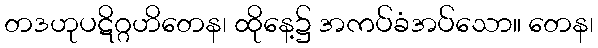
တဒဟုပဋိဂ္ဂဟိတေန၊ ထိုနေ့၌ အကပ်ခံအပ်သော။ တေန၊